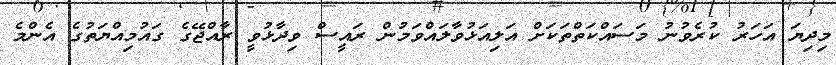
މިދިޔަ އަހަރު ކުރެވުނު މަސައްކަތްތަކަށް އަލިއަޅުވާލައްވަމުން ރައީސް ވިދާޅުވީ ރާއްޖޭގެ ގައުމިއްޔަތުގެ އެންމެ